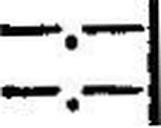
—.—